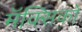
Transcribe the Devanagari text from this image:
मॅक्सिको